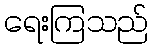
ရေးကြသည်